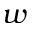
w